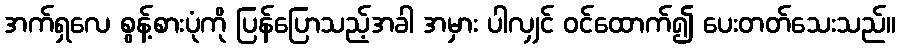
အက်ရှလေ စွန့်စားပုံကို ပြန်ပြောသည့်အခါ အမှား ပါလျှင် ဝင်ထောက်၍ ပေးတတ်သေးသည်။